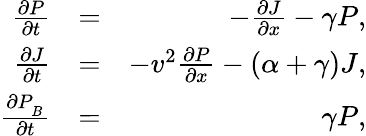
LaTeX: \begin{array}{rlr}{\frac{\partial P}{\partial t}}&{=}&{-\frac{\partial J}{\partial x}-\gamma P,}\\ {\frac{\partial J}{\partial t}}&{=}&{-v^{2}\frac{\partial P}{\partial x}-(\alpha+\gamma)J,}\\ {\frac{\partial P_{_B}}{\partial t}}&{=}&{\gamma P,}\end{array}